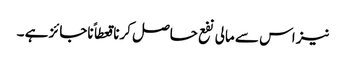
نیز اس سے مالی نفع حاصل کرنا قعطاً ناجائز ہے ۔